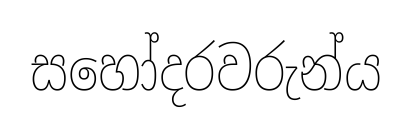
සහෝදරවරුන්ය